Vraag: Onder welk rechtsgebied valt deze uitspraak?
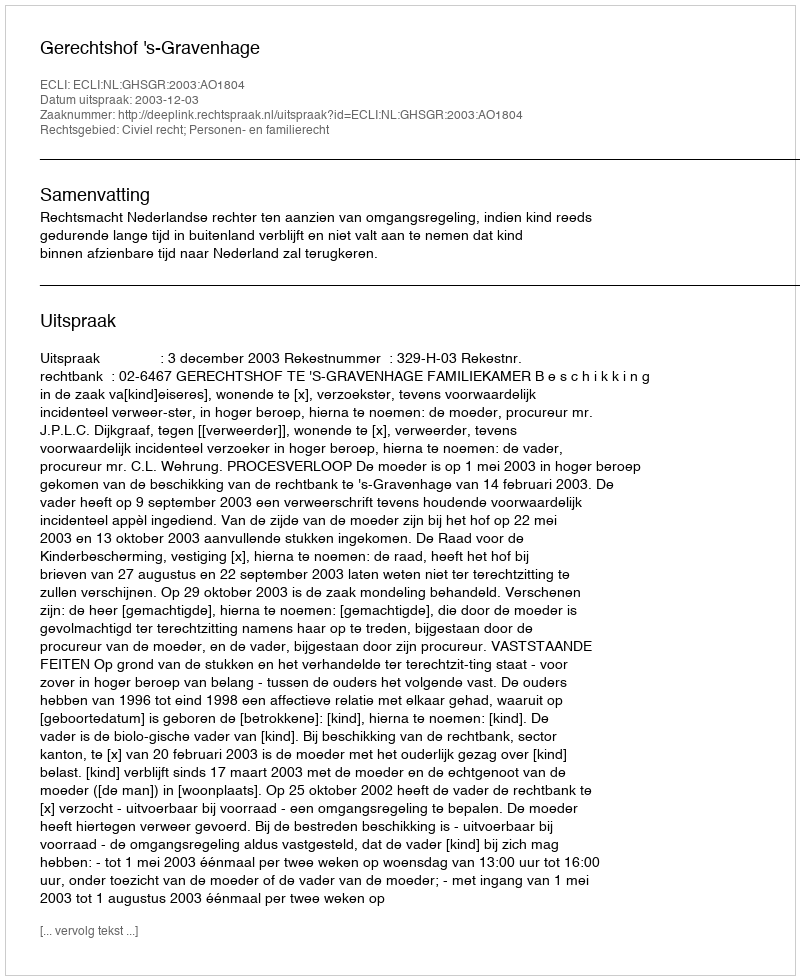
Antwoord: Civiel recht; Personen- en familierecht